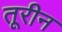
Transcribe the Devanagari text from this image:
तूरीन